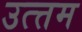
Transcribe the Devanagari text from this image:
उत्त्तम